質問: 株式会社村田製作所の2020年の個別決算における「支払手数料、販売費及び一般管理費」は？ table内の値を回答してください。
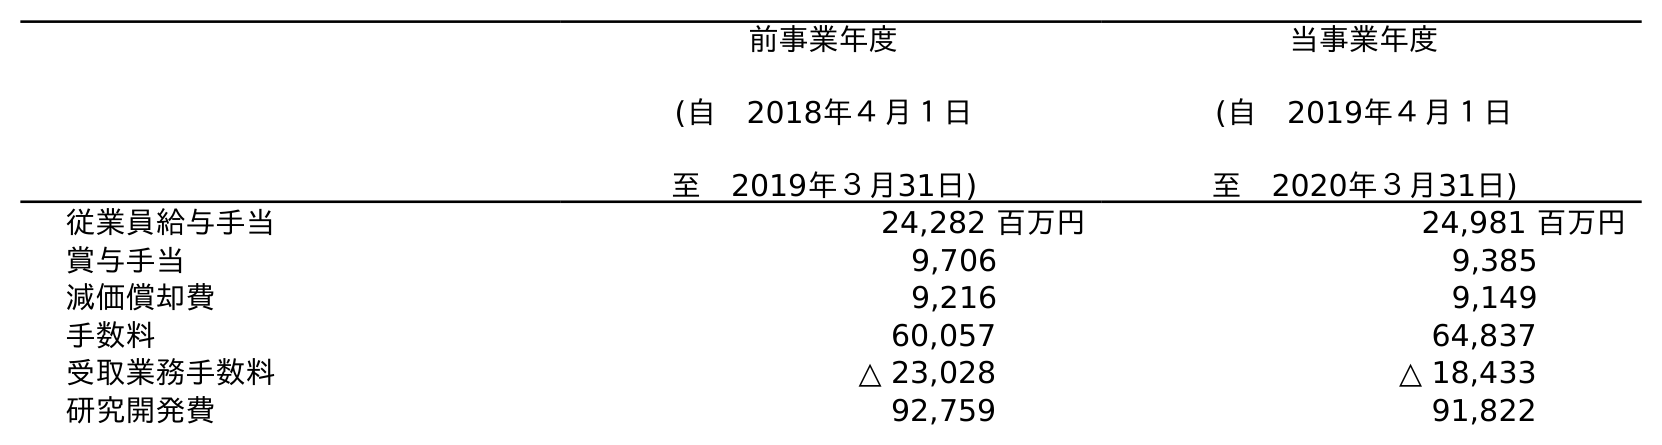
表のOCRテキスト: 前事業年度 (自 2018年４月１日 至 2019年３月31日) 当事業年度 (自 2019年４月１日 至 2020年３月31日) 従業員給与手当 24,282 百万円 24,981 百万円 賞与手当 9,706 9,385 減価償却費 9,216 9,149 手数料 60,057 64,837 受取業務手数料 △ 23,028 △ 18,433 研究開発費 92,759 91,822
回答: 64,837